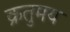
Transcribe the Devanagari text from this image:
क्रतुमय